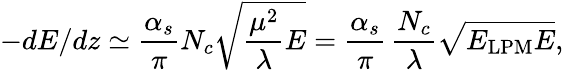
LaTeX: -dE/dz\simeq\frac{\alpha_{s}}{\pi}N_{c}\sqrt{\frac{\mu^{2}}{\lambda}E}=\frac{\alpha_{s}}{\pi}\, \frac{N_{c}}{\lambda}\sqrt{E_{\mathrm{LPM}}E},